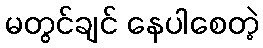
မတွင်ချင် နေပါစေတဲ့